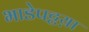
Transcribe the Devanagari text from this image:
भाडेपट्टय़ा